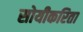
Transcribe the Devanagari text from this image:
सोयीकरिता